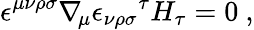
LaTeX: \epsilon^{\mu\nu\rho\sigma}\nabla_{\! \mu}{\epsilon_{\nu\rho\sigma}}^{\tau}H_{\tau}=0\ ,